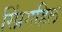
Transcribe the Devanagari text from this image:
स्प्रिंगहिल